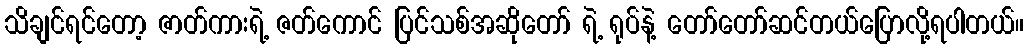
သိချင်ရင်တော့ ဇာတ်ကားရဲ့ ဇတ်ကောင် ပြင်သစ်အဆိုတော် ရဲ့ ရုပ်နဲ့ တော်တော်ဆင်တယ်ပြောလို့ရပါတယ်။